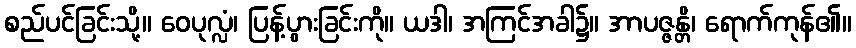
စည်ပင်ခြင်းသို့။ ဝေပုလ္လံ၊ ပြန့်ပွားခြင်းကို။ ယဒါ၊ အကြင်အခါ၌။ အာပဇ္ဇန္တိ၊ ရောက်ကုန်၏။